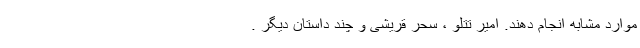
موارد مشابه انجام دهند. امیر تتلو ، سحر قریشی و چند داستان دیگر .